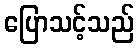
ပြောသင့်သည်